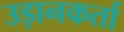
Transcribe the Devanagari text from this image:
उड़ानकर्ता